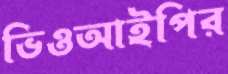
ভিওআইপির